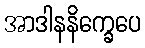
အာဒါနနိက္ခေပေ